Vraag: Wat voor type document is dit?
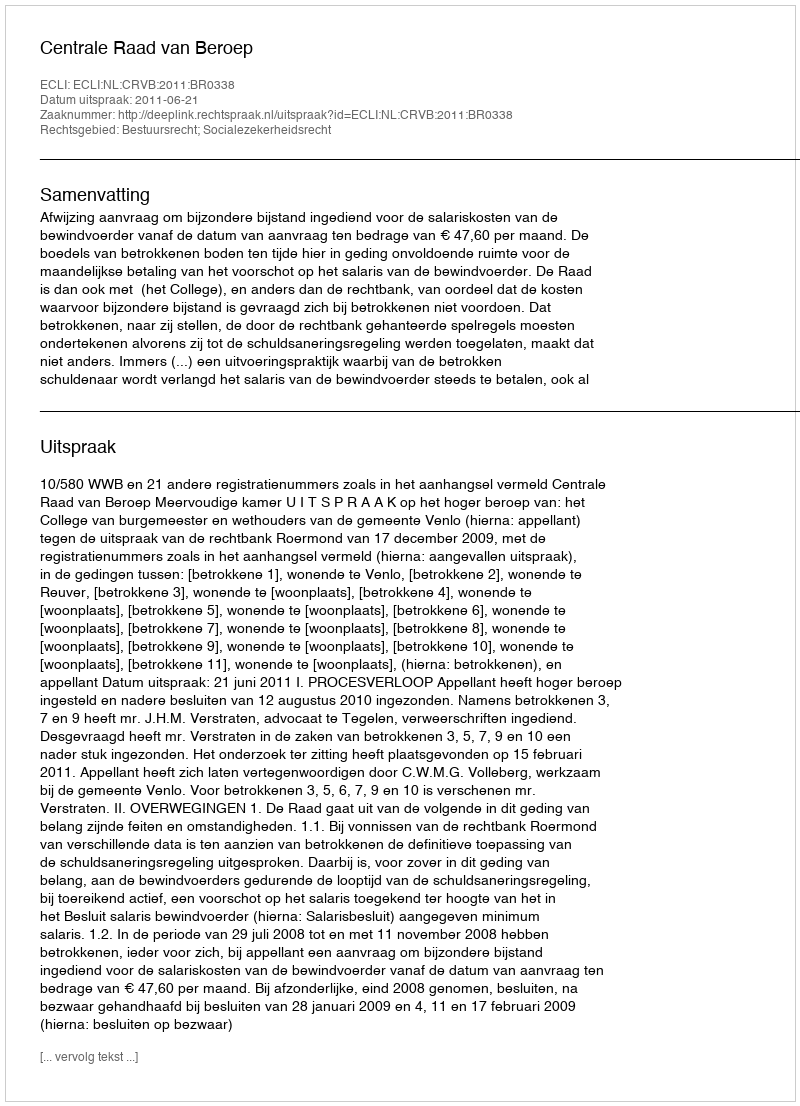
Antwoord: Uitspraak